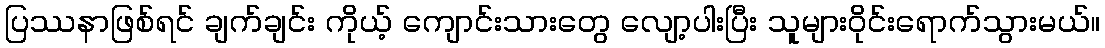
ပြဿနာဖြစ်ရင် ချက်ချင်း ကိုယ့် ကျောင်းသားတွေ လျော့ပါးပြီး သူများဝိုင်းရောက်သွားမယ်။